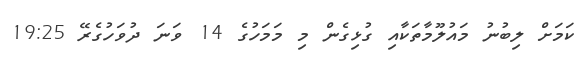
ކަމަށް ލިބުނު މައުލޫމާތަކާއި ގުޅިގެން މި މަމަހުގެ 14 ވަނަ ދުވަހުގެރޭ 19:25